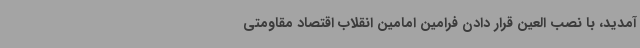
آمدید، با نصب العین قرار دادن فرامین امامین انقلاب اقتصاد مقاومتی